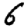
Digit: 6